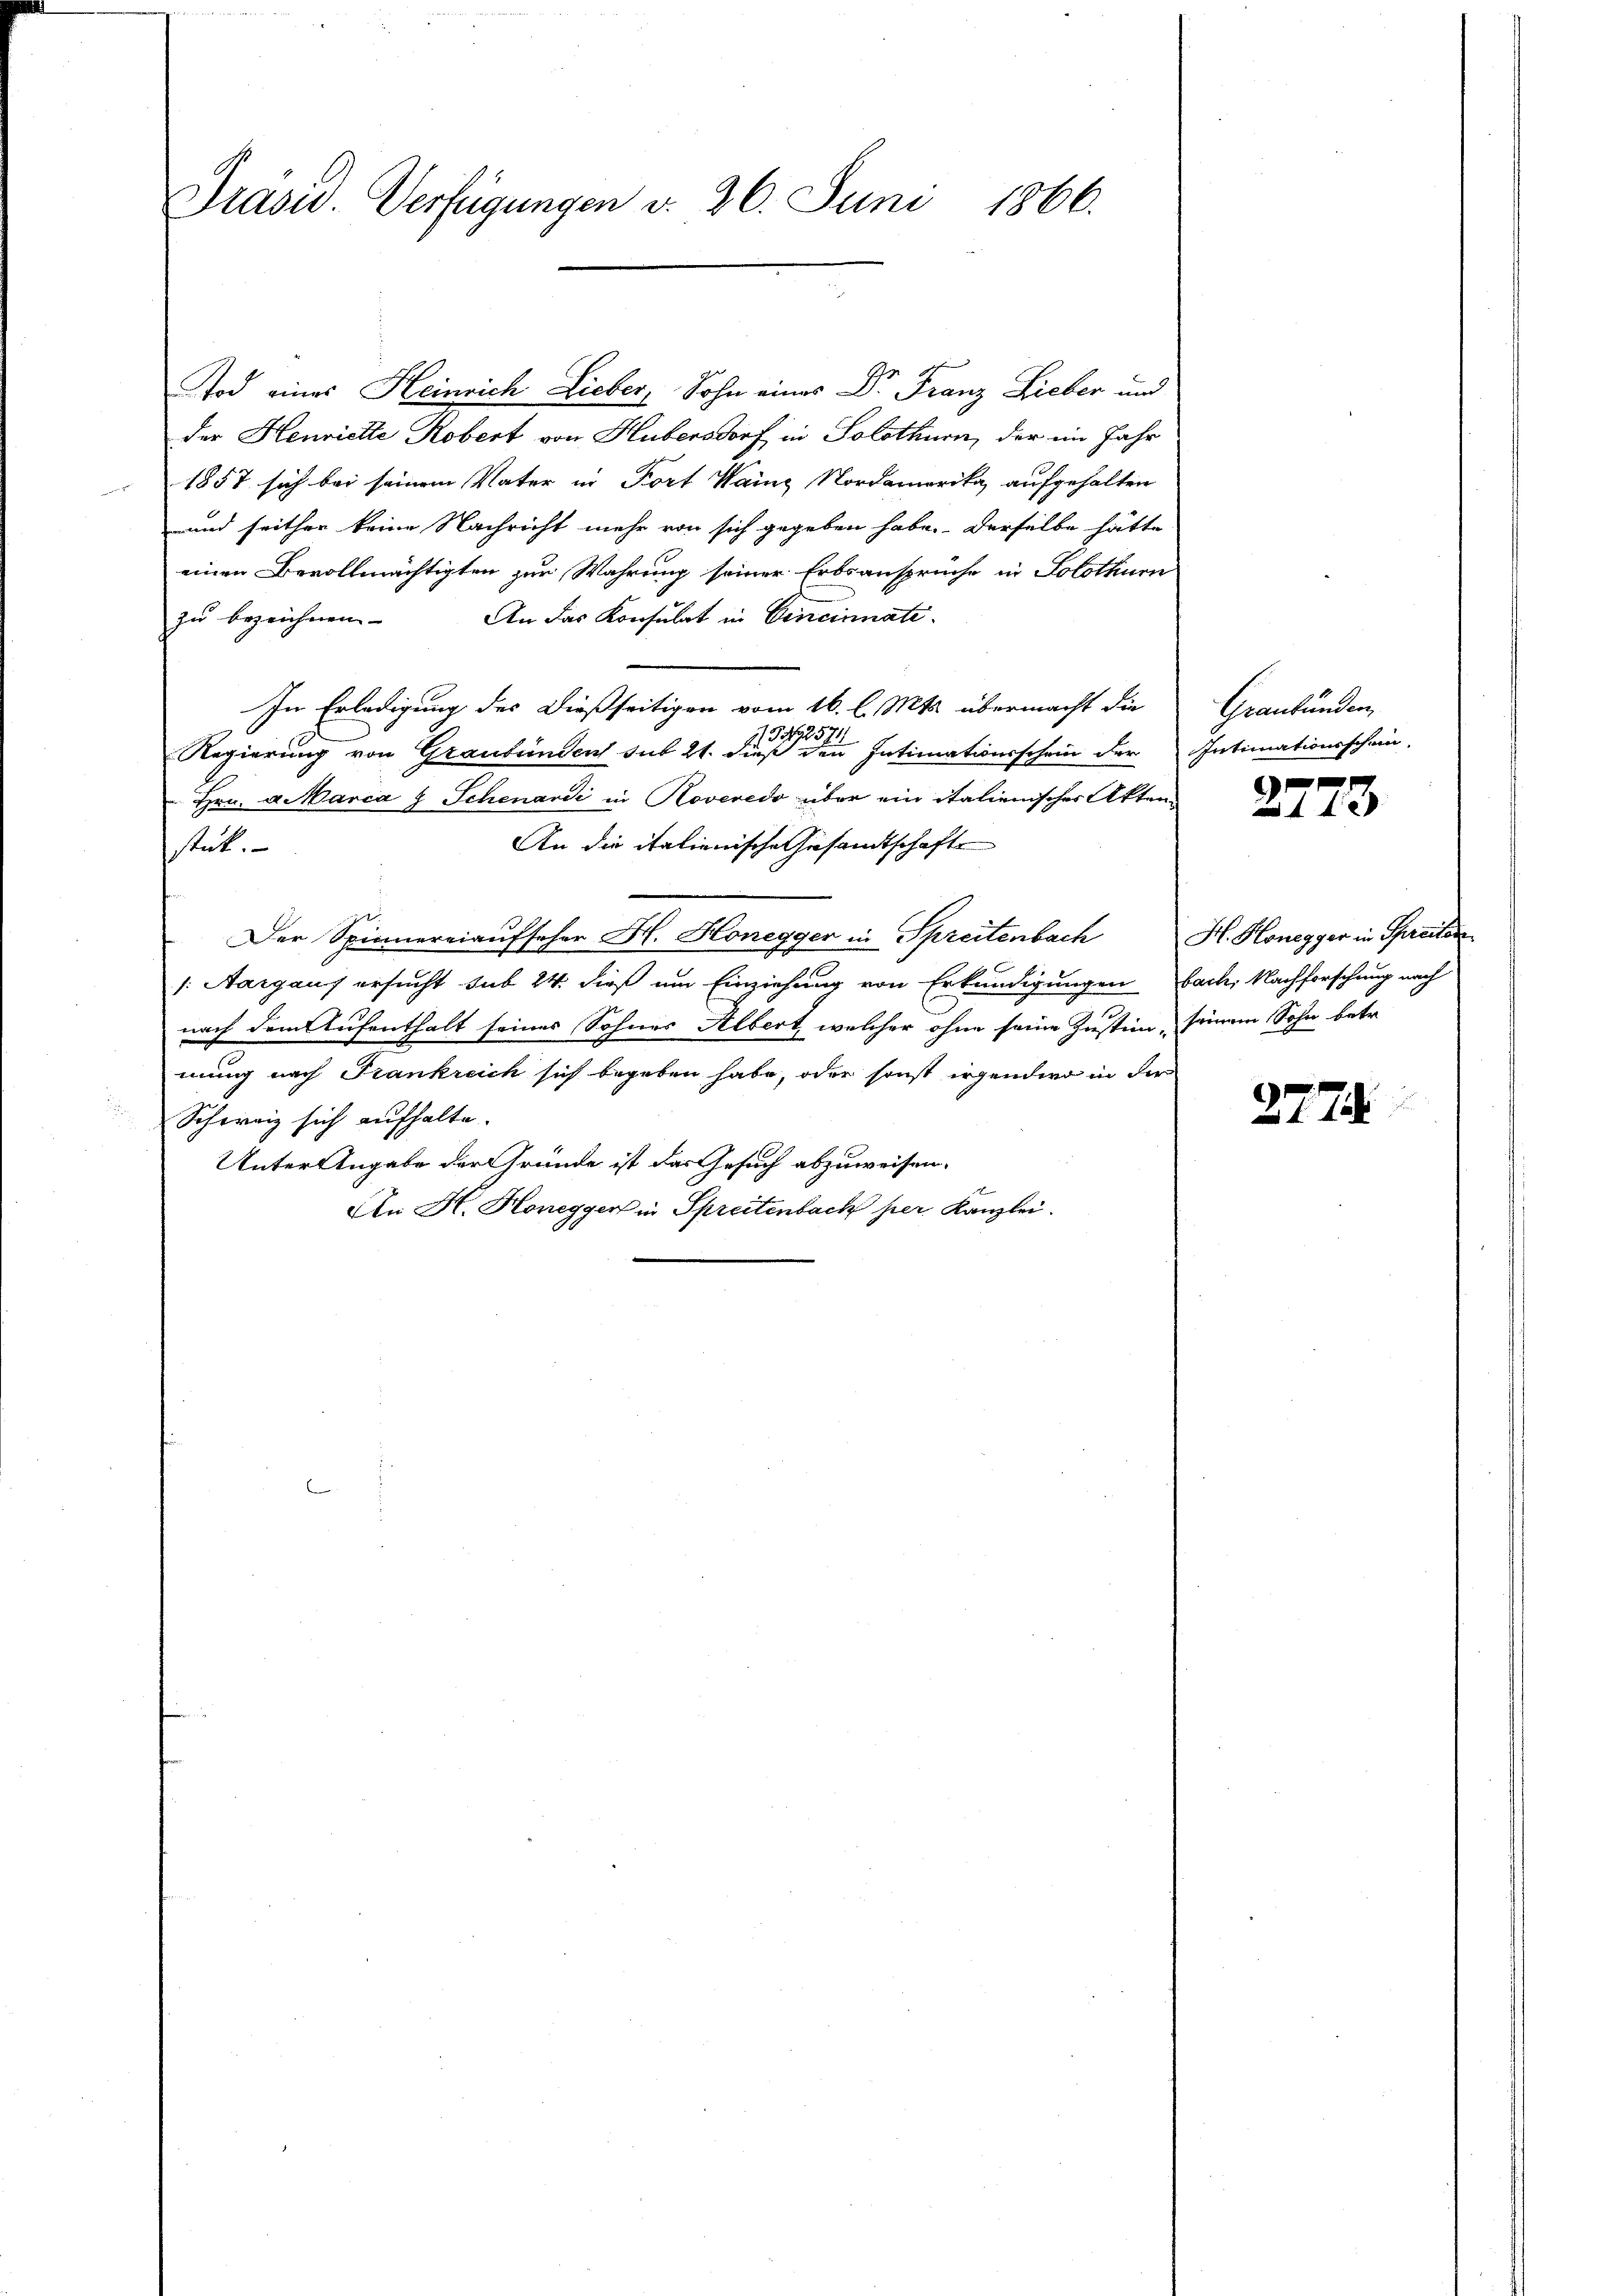
Präsid. Verfügungen d. 26. Juni 1866.

Tod eines Heinrich Lieber, Sohn eines Dr. Franz Lieber und
der Henriette Kobert von Hubensdorf in Solothurn, der im Jahr
1857 sich bei seinem Vater in Fort Haine Nordamerika aufgehalten
und seither keine Nachricht mehr von sich gegeben habe. Derselbe hätte
einen Bevollmächtigten zur Wahrung seiner Erbsansprüche in Solothurn
zu bezeichnen. An das Konsulat in Cincinnati¬
In Erledigung des dießseitigen vom 16. l. Mts. übermacht die
1342574
Regierung von Graubünden sub 21. dieß den Intimationsschein der Intimationsschein
Hrn. a. Marca 8 Schenardi in Noveredo über ein italienischer Akten
An die italienische Gesamtschaft
stück.
g
Der Spinnereiaufseher H. Honegger in Spreitenbach H. Honegger in Spreiten
/: Aargaus ersucht sub 24. dieß um Einziehung von Erkundigungen Fach. Nachforschung nach
nach dem Aufenthalt seines Sohnes Albert, welcher ohne seine Zustim, seinem Sohn betr.
mung nach Frankreich sich begeben habe, oder sonst irgendwo in der
Schweiz sich aufhalte.
Unter Angabe der Gründe ist das Gesuch abzuweisen.
An H. Honegger in Spreitenbach per Kanzlei.

Graubünden,

2773

2774.